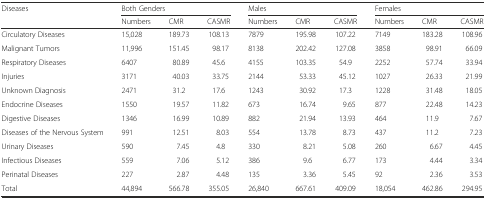
| <ROWSPAN=2> Diseases | <COLSPAN=3> Both Genders | <COLSPAN=3> Males | <COLSPAN=3> Females |
 | Numbers | CMR | CASMR | Numbers | CMR | CASMR | Numbers | CMR | CASMR |
 | --- | --- | --- | --- | --- | --- | --- | --- | --- | --- |
 | Circulatory Diseases | 15,028 | 189.73 | 108.13 | 7879 | 195.98 | 107.22 | 7149 | 183.28 | 108.96 |
 | Malignant Tumors | 11,996 | 151.45 | 98.17 | 8138 | 202.42 | 127.08 | 3858 | 98.91 | 66.09 |
 | Respiratory Diseases | 6407 | 80.89 | 45.6 | 4155 | 103.35 | 54.9 | 2252 | 57.74 | 33.94 |
 | Injuries | 3171 | 40.03 | 33.75 | 2144 | 53.33 | 45.12 | 1027 | 26.33 | 21.99 |
 | Unknown Diagnosis | 2471 | 31.2 | 17.6 | 1243 | 30.92 | 17.3 | 1228 | 31.48 | 18.05 |
 | Endocrine Diseases | 1550 | 19.57 | 11.82 | 673 | 16.74 | 9.65 | 877 | 22.48 | 14.23 |
 | Digestive Diseases | 1346 | 16.99 | 10.89 | 882 | 21.94 | 13.93 | 464 | 11.9 | 7.67 |
 | Diseases of the Nervous System | 991 | 12.51 | 8.03 | 554 | 13.78 | 8.73 | 437 | 11.2 | 7.23 |
 | Urinary Diseases | 590 | 7.45 | 4.8 | 330 | 8.21 | 5.08 | 260 | 6.67 | 4.45 |
 | Infectious Diseases | 559 | 7.06 | 5.12 | 386 | 9.6 | 6.77 | 173 | 4.44 | 3.34 |
 | Perinatal Diseases | 227 | 2.87 | 4.48 | 135 | 3.36 | 5.45 | 92 | 2.36 | 3.53 |
 | Total | 44,894 | 566.78 | 355.05 | 26,840 | 667.61 | 409.09 | 18,054 | 462.86 | 294.95 |